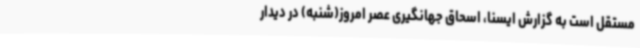
مستقل است به گزارش ایسنا، اسحاق جهانگیری عصر امروز(شنبه) در دیدار